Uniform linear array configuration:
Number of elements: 64
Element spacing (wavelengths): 0.75
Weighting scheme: hamming
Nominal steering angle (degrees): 45
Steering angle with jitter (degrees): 45.392
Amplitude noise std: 0.05
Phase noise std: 0.05

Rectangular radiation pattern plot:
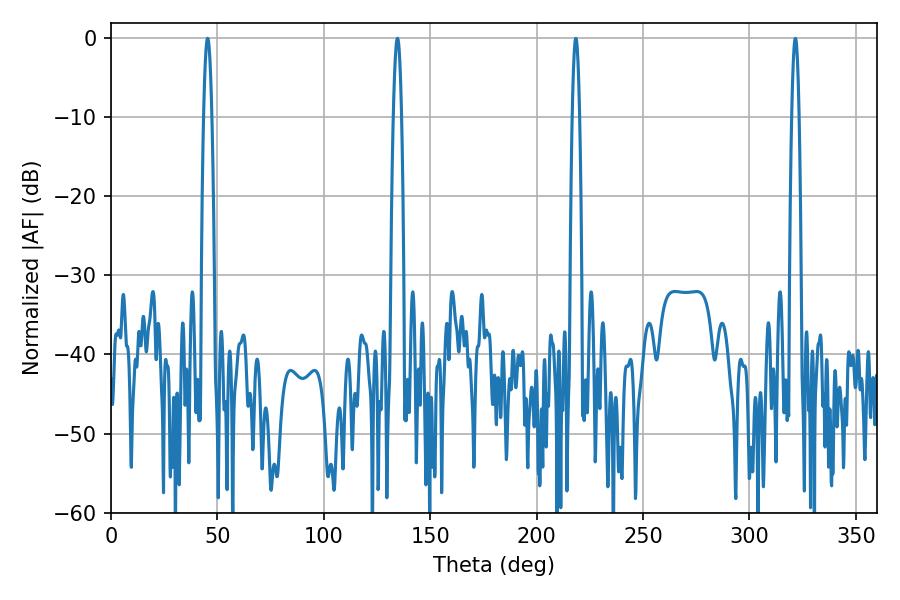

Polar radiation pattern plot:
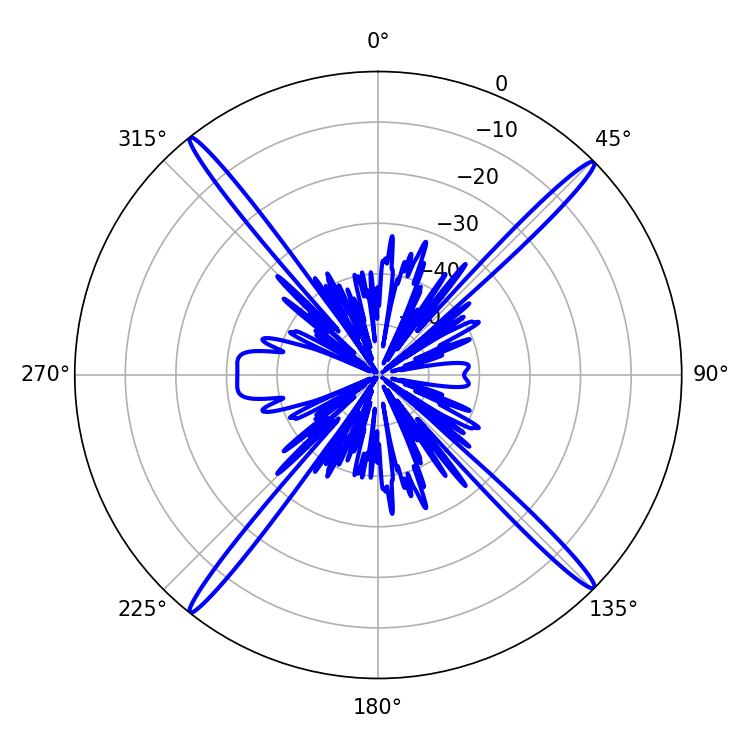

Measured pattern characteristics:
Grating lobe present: TRUE
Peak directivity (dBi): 22.054
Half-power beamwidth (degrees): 1.98
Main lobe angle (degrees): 45.36